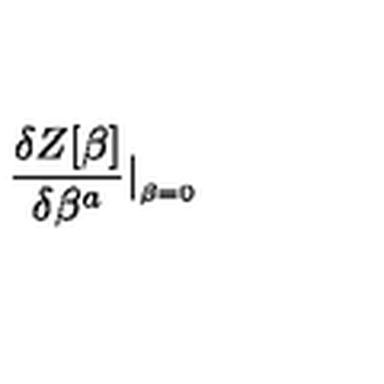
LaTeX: { \frac { \delta Z [ \beta ] } { \delta \beta ^ { a } } } \vert _ { _ { \beta = 0 } } \,